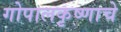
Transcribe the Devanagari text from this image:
गोपालकृष्णाचे